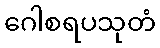
ဂေါစရပသုတံ